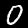
Digit: 0